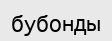
бубонды